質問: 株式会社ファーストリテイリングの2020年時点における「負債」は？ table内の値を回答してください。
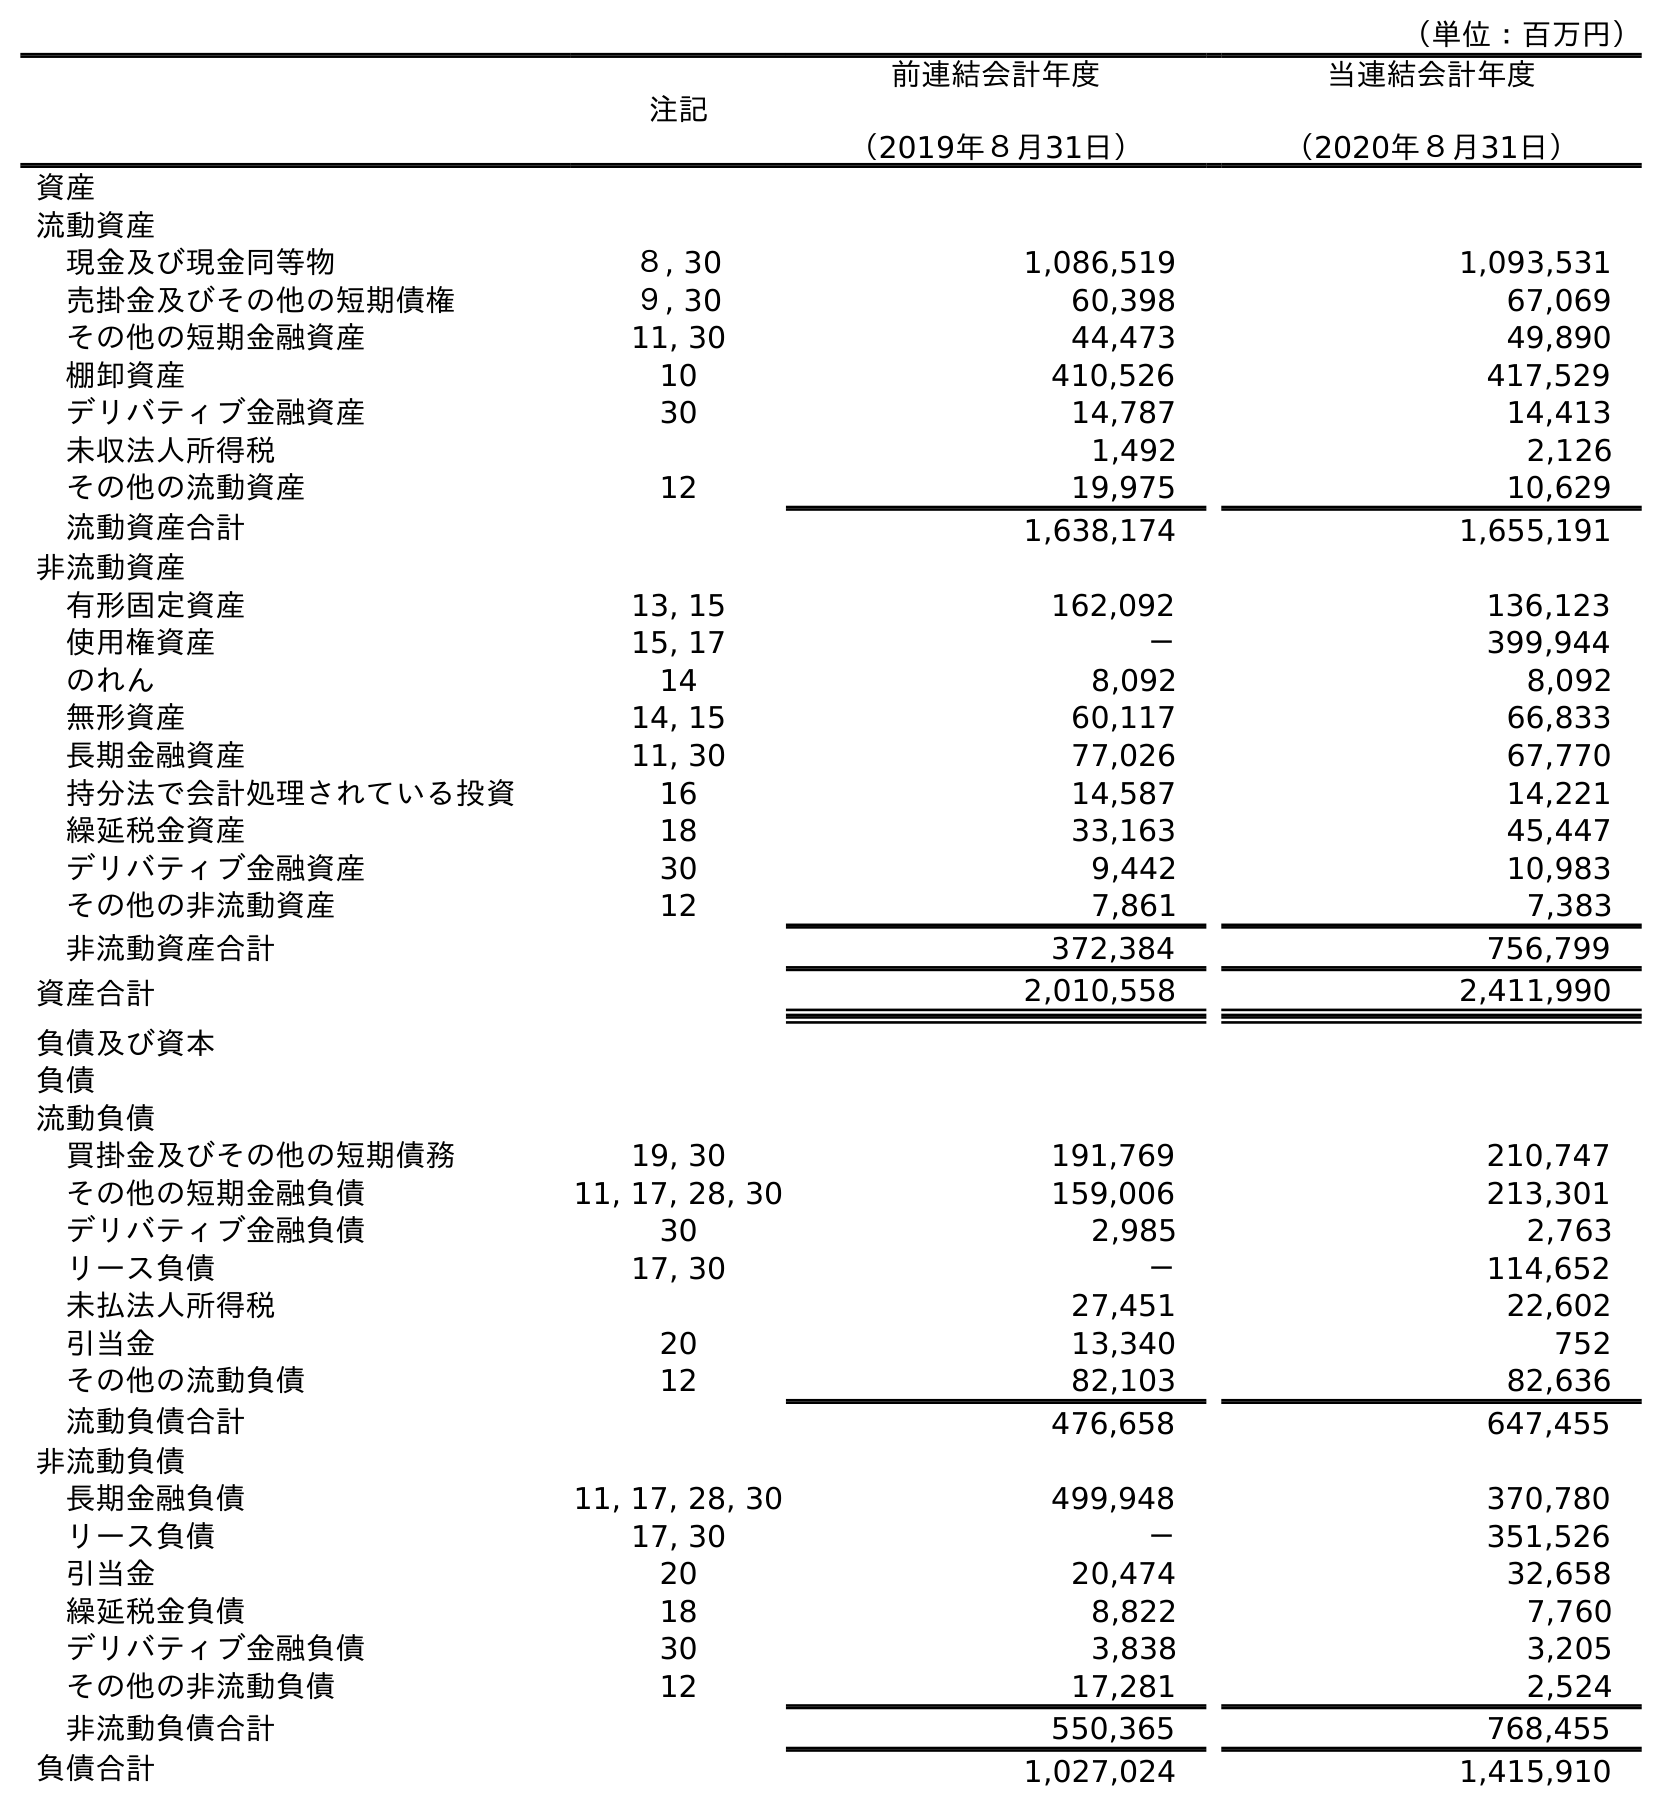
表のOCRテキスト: （単位：百万円） 注記 前連結会計年度 （2019年８月31日） 当連結会計年度 （2020年８月31日） 資産 流動資産 現金及び現金同等物 ８, 30 1,086,519 1,093,531 売掛金及びその他の短期債権 ９, 30 60,398 67,069 その他の短期金融資産 11, 30 44,473 49,890 棚卸資産 10 410,526 417,529 デリバティブ金融資産 30 14,787 14,413 未収法人所得税 1,492 2,126 その他の流動資産 12 19,975 10,629 流動資産合計 1,638,174 1,655,191 非流動資産 有形固定資産 13, 15 162,092 136,123 使用権資産 15, 17 － 399,944 のれん 14 8,092 8,092 無形資産 14, 15 60,117 66,833 長期金融資産 11, 30 77,026 67,770 持分法で会計処理されている投資 16 14,587 14,221 繰延税金資産 18 33,163 45,447 デリバティブ金融資産 30 9,442 10,983 その他の非流動資産 12 7,861 7,383 非流動資産合計 372,384 756,799 資産合計 2,010,558 2,411,990 負債及び資本 負債 流動負債 買掛金及びその他の短期債務 19, 30 191,769 210,747 その他の短期金融負債 11, 17, 28, 30 159,006 213,301 デリバティブ金融負債 30 2,985 2,763 リース負債 17, 30 － 114,652 未払法人所得税 27,451 22,602 引当金 20 13,340 752 その他の流動負債 12 82,103 82,636 流動負債合計 476,658 647,455 非流動負債 長期金融負債 11, 17, 28, 30 499,948 370,780 リース負債 17, 30 － 351,526 引当金 20 20,474 32,658 繰延税金負債 18 8,822 7,760 デリバティブ金融負債 30 3,838 3,205 その他の非流動負債 12 17,281 2,524 非流動負債合計 550,365 768,455 負債合計 1,027,024 1,415,910
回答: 1,415,910